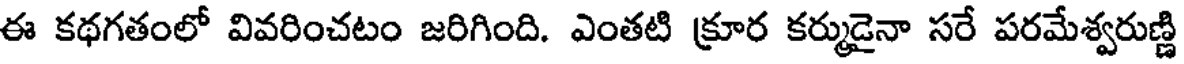
ఈ కథగతంలో వివరించటం జరిగింది. ఎంతటి క్రూర కర్ముడైనా సరే పరమేశ్వరుణ్ణి